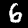
Digit: 6